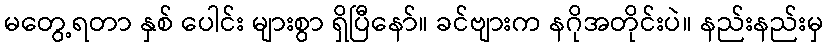
မတွေ့ရတာ နှစ် ပေါင်း များစွာ ရှိပြီနော်။ ခင်ဗျားက နဂိုအတိုင်းပဲ။ နည်းနည်းမှ